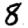
Digit: 8